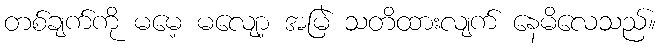
တစ်ချက်ကို မမေ့ မလျော့ အမြဲ သတိထားလျက် နေမိလေသည်။